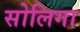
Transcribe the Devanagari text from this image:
सोलिगा